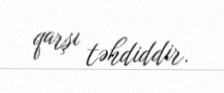
qarşı təhdiddir.